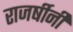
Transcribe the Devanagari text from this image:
राजर्षीनी